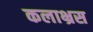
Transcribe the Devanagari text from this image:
कलाभ्रस